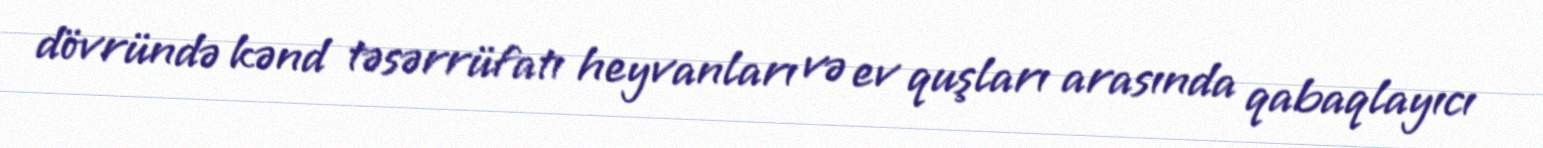
dövründə kənd təsərrüfatı heyvanları və ev quşları arasında qabaqlayıcı